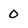
Character: 0